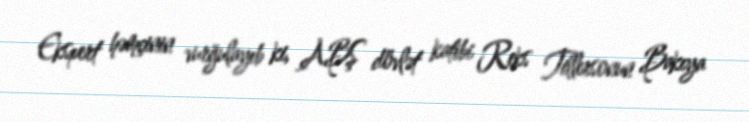
Ekspert həmçinin vurğulayıb ki, ABŞ dövlət katibi Reks Tillersonun Bakıya